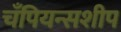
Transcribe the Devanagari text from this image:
चँपियन्सशीप